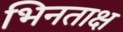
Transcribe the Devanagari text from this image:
भिनताक्ष